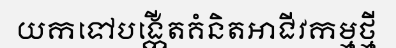
យកទៅបង្កើតគំនិតអាជីវកម្មថ្មី